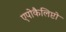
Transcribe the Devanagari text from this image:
एपोकैलिप्टो